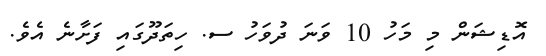
އޮޑިޝަން މި މަހު 10 ވަނަ ދުވަހު ސ. ހިތަދޫގައި ފަށާނެ އެވެ.